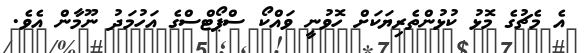
އެ މެޗުގެ މޮޅު ކުޅުންތެރިޔަކަށް ހޮވުނީ ވައްކޯ ސްޕޯޓްސްގެ އަހުމަދު ނޫމާން އެވެ.